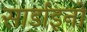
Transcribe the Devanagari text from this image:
सार्डाइनों